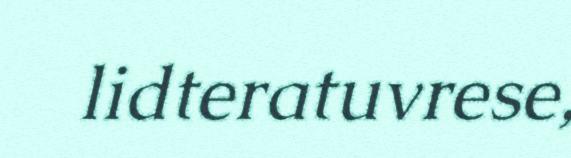
lidteratuvrese,